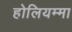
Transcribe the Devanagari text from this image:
होलियम्मा